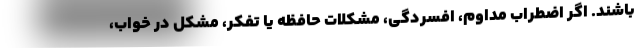
باشند. اگر اضطراب مداوم، افسردگی، مشکلات حافظه یا تفکر، مشکل در خواب،